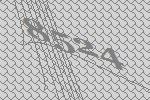
8524